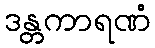
ဒန္တကာရဏံ